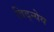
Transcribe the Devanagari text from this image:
विद्न्येय